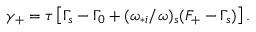
\begin{array} { r } { \gamma _ { + } = \tau \left[ \Gamma _ { s } - \Gamma _ { 0 } + ( \omega _ { * i } / \omega ) _ { s } ( F _ { + } - \Gamma _ { s } ) \right] . } \end{array}